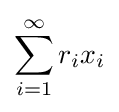
\sum _{i=1}^{\infty }r_{i}x_{i}